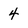
Character: 4